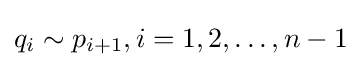
q_{i}\sim p_{i+1},i=1,2,\dots ,n-1